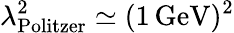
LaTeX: \lambda_{\mathrm{Politzer}}^{2}\simeq(1\, \mathrm{GeV})^{2}